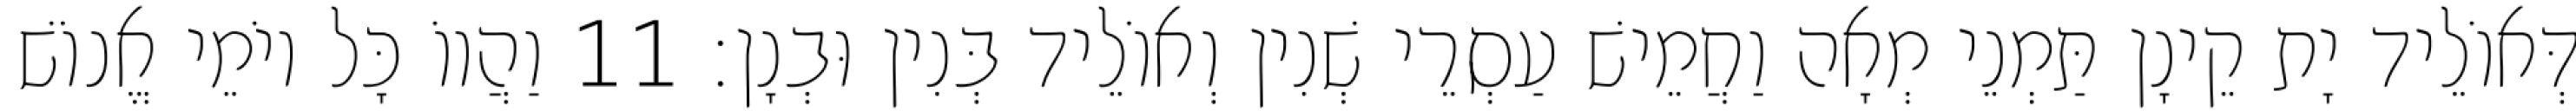
דְּאוֹלֵיד יָת קֵינָן תַּמְנֵי מְאָה וַחֲמֵישׁ עַסְרֵי שְׁנִין וְאוֹלֵיד בְּנִין וּבְנָן׃ 11 וַהֲווֹ כָּל יוֹמֵי אֱנוֹשׁ